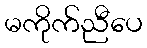
မကိုက်ညီပေ